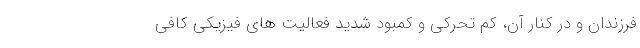
فرزندان و در کنار آن، کم تحرکی و کمبود شدید فعالیت های فیزیکی کافی